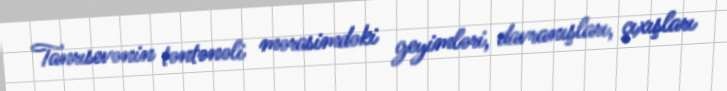
Tanrısevənin təntənəli mərasimdəki geyimləri, davranışları, çıxışları